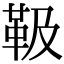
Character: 靸